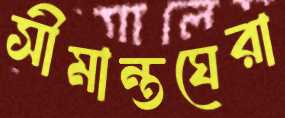
সীমান্তঘেরা